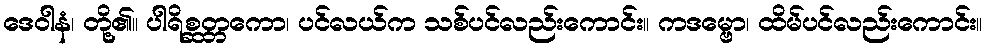
ဒေဝါနံ၊ တို့၏။ ပါရိစ္ဆတ္တကော၊ ပင်လယ်က သစ်ပင်လည်းကောင်း။ ကဒမ္ဗော၊ ထိမ်ပင်လည်းကောင်း။